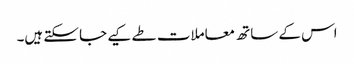
اس کے ساتھ معاملات طے کیے جا سکتے ہیں۔